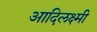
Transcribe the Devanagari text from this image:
आदिलक्ष्मी